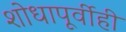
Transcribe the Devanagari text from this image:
शोधापूर्वीही